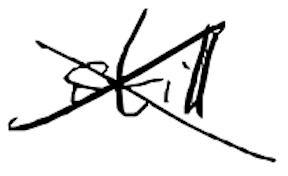
Text: still
Cross-out: cross
Writing tool: digital_black